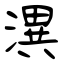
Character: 潩